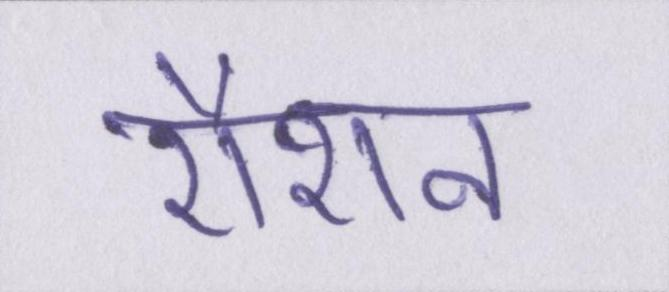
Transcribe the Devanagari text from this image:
रौशन